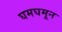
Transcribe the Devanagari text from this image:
घमघमून